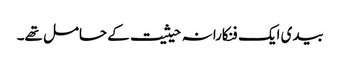
بیدی ایک فنکارانہ حیثیت کے حامل تھے۔